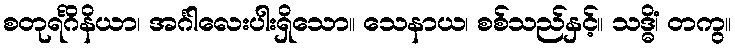
စတုရင်္ဂိနိယာ၊ အင်္ဂါလေးပါးရှိသော။ သေနာယ၊ စစ်သည်နှင့်။ သဒ္ဓိံ၊ တကွ။